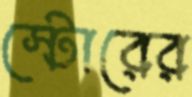
স্টোরের